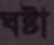
ঘষ্‌টা